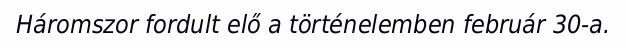
Háromszor fordult elő a történelemben február 30-a.